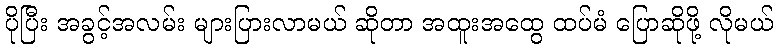
ပိုပြီး အခွင့်အလမ်း များပြားလာမယ် ဆိုတာ အထူးအထွေ ထပ်မံ ပြောဆိုဖို့ လိုမယ်